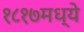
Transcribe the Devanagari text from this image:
१८१७मध्ये